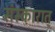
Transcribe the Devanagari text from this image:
संस्कारात्